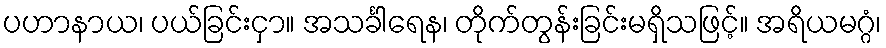
ပဟာနာယ၊ ပယ်ခြင်းငှာ။ အသင်္ခါရေန၊ တိုက်တွန်းခြင်းမရှိသဖြင့်။ အရိယမဂ္ဂံ၊